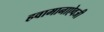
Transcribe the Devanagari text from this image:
हवामानाऐवजी